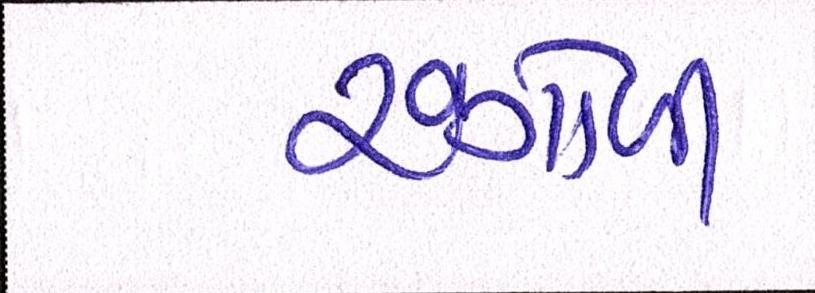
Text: રંગોળી